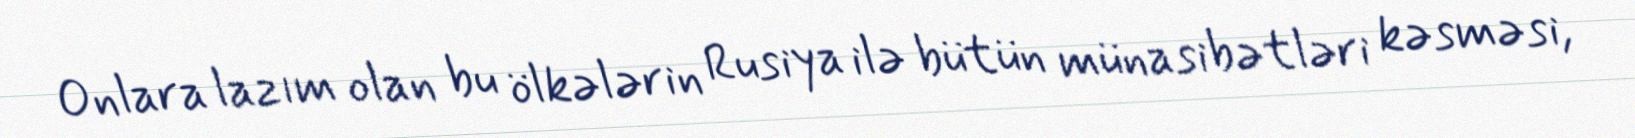
Onlara lazım olan bu ölkələrin Rusiya ilə bütün münasibətləri kəsməsi,